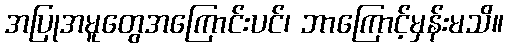
အပြုအမူတွေအကြောင်းပင်၊ ဘာကြောင့်မှန်းမသိ။